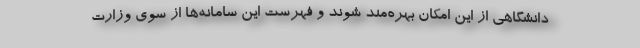
دانشگاهی از این امکان بهره‌مند شوند و فهرست این سامانه‌ها از سوی وزارت